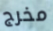
مخرج